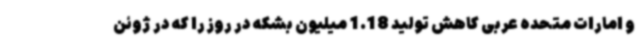
و امارات متحده عربی کاهش تولید 1.18 میلیون بشکه در روز را که در ژوئن